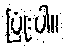
ပြုံးပါ။